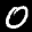
Label: 0